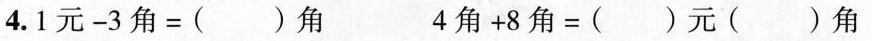
4.$$1 元 - 3 角 = ( ) 角$$$$4 角 + 8 角 = ( ) 元 ( ) 角$$